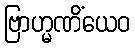
ဗြာဟ္မဏိံယေဝ